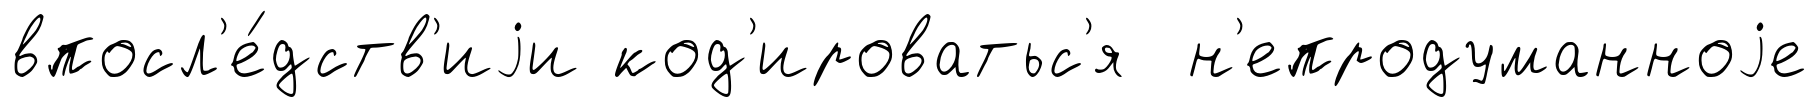
впосл'е́дств'иjи код'ироватьс'я н'епродуманноjе